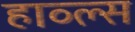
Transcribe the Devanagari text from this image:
हाव्ल्स